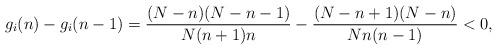
LaTeX: \begin{align*}g_i(n)-g_i(n-1)=\frac{(N-n)(N-n-1)}{N(n+1)n}-\frac{(N-n+1)(N-n)}{Nn(n-1)}< 0,\end{align*}